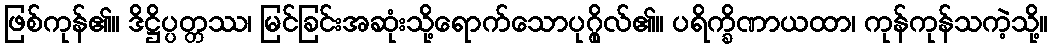
ဖြစ်ကုန်၏။ ဒိဋ္ဌိပ္ပတ္တဿ၊ မြင်ခြင်းအဆုံးသို့ရောက်သောပုဂ္ဂိုလ်၏။ ပရိက္ခိဏာယထာ၊ ကုန်ကုန်သကဲ့သို့။